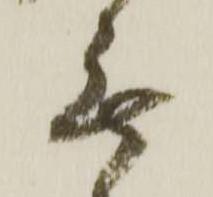
無